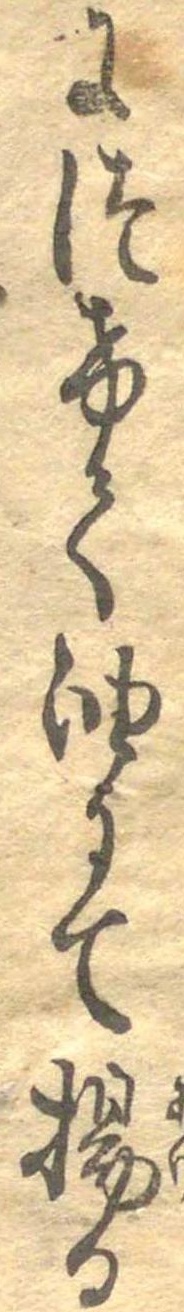
につけて油にて揚る